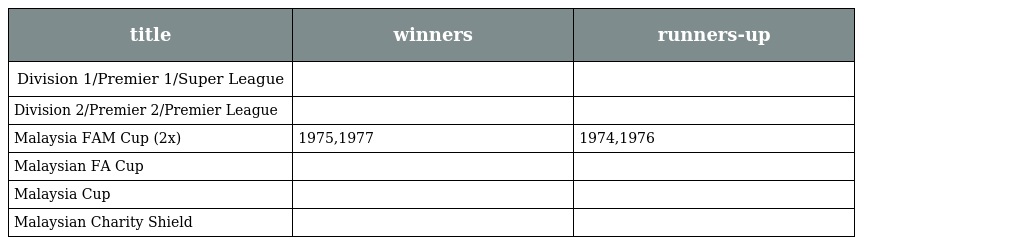
| title | winners | runners-up |
 | --- | --- | --- |
 | Division 1/Premier 1/Super League |  |  |
 | Division 2/Premier 2/Premier League |  |  |
 | Malaysia FAM Cup (2x) | 1975,1977 | 1974,1976 |
 | Malaysian FA Cup |  |  |
 | Malaysia Cup |  |  |
 | Malaysian Charity Shield |  |  |